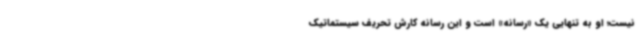
نیست؛ او به تنهایی یک «رسانه» است و این رسانه کارش تحریف سیستماتیک